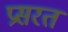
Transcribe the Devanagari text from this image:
प्रसरत